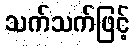
သက်သက်ဖြင့်